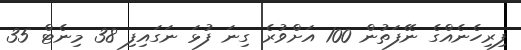
ފިރިހެނެއްގެ ނޭފަތުން 100 އަށްވުރެ ގިނަ ފުޅަ ނަގައިފި 38 މިނެޓް 35